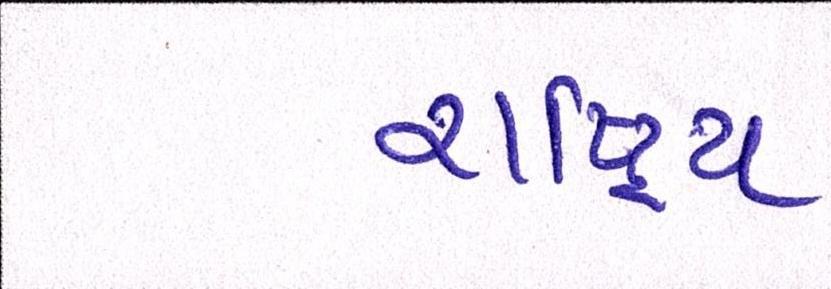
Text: રાષ્ટ્રિય